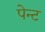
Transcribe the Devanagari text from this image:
पेन्‍ट